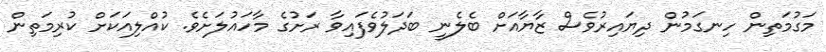
މަގުމަތިން ހިނގަމުން ދިޔައިރުވެސް ޒާޔާއަށް ބެލެނީ ބަދަލުވެފައިވާ ރަށުގެ މާހައުލަށެވެ. ކުއްލިއަކަށް ކުރިމަތިން